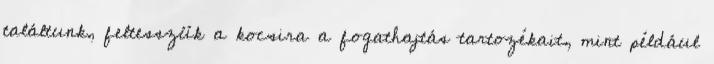
találtunk, feltesszük a kocsira a fogathajtás tartozékait, mint például